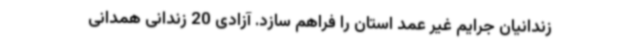
زندانیان جرایم غیر عمد استان را فراهم سازد. آزادی 20 زندانی همدانی